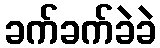
ခက်ခက်ခဲခဲ